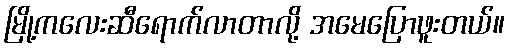
မြို့ကလေးဆီရောက်လာတာလို့ အမေပြောဖူးတယ်။